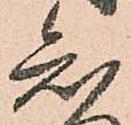
知